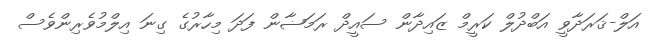
އަލް-ޤަރަދާވީ އަބްދުލް ކަރީމް ޒައިދާން ސައީދް ރަމަޟާން ފަދަ މިހާރުގެ ގިނަ އިލްމުވެރިންވެސް